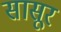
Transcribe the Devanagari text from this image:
सासूर